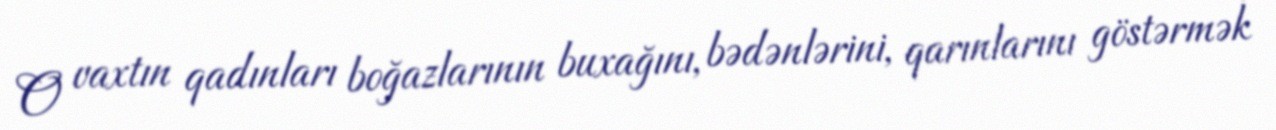
O vaxtın qadınları boğazlarının buxağını, bədənlərini, qarınlarını göstərmək